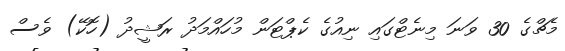
މެޗްގެ 30 ވަނަ މިނެޓްގައި ނިއުގެ ކެޕްޓަން މުހައްމަދު ރަޝީދު (ހޮކޭ) ވެސް